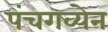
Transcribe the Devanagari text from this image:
पंचगव्येन